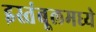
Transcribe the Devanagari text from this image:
इस्तंबूलमध्ये